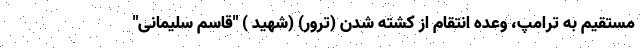
مستقیم به ترامپ، وعده انتقام از کشته شدن (ترور) (شهید ) "قاسم سلیمانی"